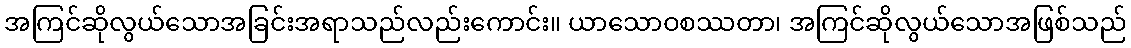
အကြင်ဆိုလွယ်သောအခြင်းအရာသည်လည်းကောင်း။ ယာသောဝစဿတာ၊ အကြင်ဆိုလွယ်သောအဖြစ်သည်